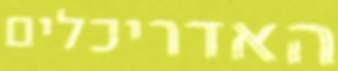
האדריכלים